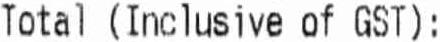
TOTAL (INCLUSIVE OF GST):